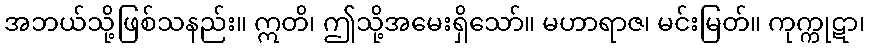
အဘယ်သို့ဖြစ်သနည်း။ ဣတိ၊ ဤသို့အမေးရှိသော်။ မဟာရာဇ၊ မင်းမြတ်။ ကုက္ကုဋာ၊